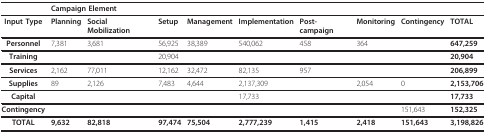
<table><thead><tr><td></td><td colspan="2"><b>Campaign Element</b></td><td></td><td></td><td></td><td></td><td></td><td></td><td></td></tr></thead><tbody><tr><td><b>Input Type</b></td><td><b>Planning</b></td><td><b>Social Mobilization</b></td><td><b>Setup</b></td><td><b>Management</b></td><td><b>Implementation</b></td><td><b>Post-campaign</b></td><td><b>Monitoring</b></td><td><b>Contingency</b></td><td><b>TOTAL</b></td></tr><tr><td><b>Personnel</b></td><td>7,381</td><td>3,681</td><td>56,925</td><td>38,389</td><td>540,062</td><td>458</td><td>364</td><td></td><td><b>647,259</b></td></tr><tr><td><b>Training</b></td><td></td><td></td><td>20,904</td><td></td><td></td><td></td><td></td><td></td><td><b>20,904</b></td></tr><tr><td><b>Services</b></td><td>2,162</td><td>77,011</td><td>12,162</td><td>32,472</td><td>82,135</td><td>957</td><td></td><td></td><td><b>206,899</b></td></tr><tr><td><b>Supplies</b></td><td>89</td><td>2,126</td><td>7,483</td><td>4,644</td><td>2,137,309</td><td></td><td>2,054</td><td>0</td><td><b>2,153,706</b></td></tr><tr><td><b>Capital</b></td><td></td><td></td><td></td><td></td><td>17,733</td><td></td><td></td><td></td><td><b>17,733</b></td></tr><tr><td><b>Contingency</b></td><td></td><td></td><td></td><td></td><td></td><td></td><td></td><td>151,643</td><td><b>152,325</b></td></tr><tr><td><b>TOTAL</b></td><td><b>9,632</b></td><td><b>82,818</b></td><td><b>97,474</b></td><td><b>75,504</b></td><td><b>2,777,239</b></td><td><b>1,415</b></td><td><b>2,418</b></td><td><b>151,643</b></td><td><b>3,198,826</b></td></tr></tbody></table>